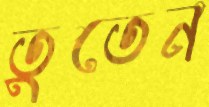
তুতেন